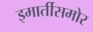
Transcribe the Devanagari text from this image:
इमार्तीसमोर